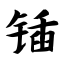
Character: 锸